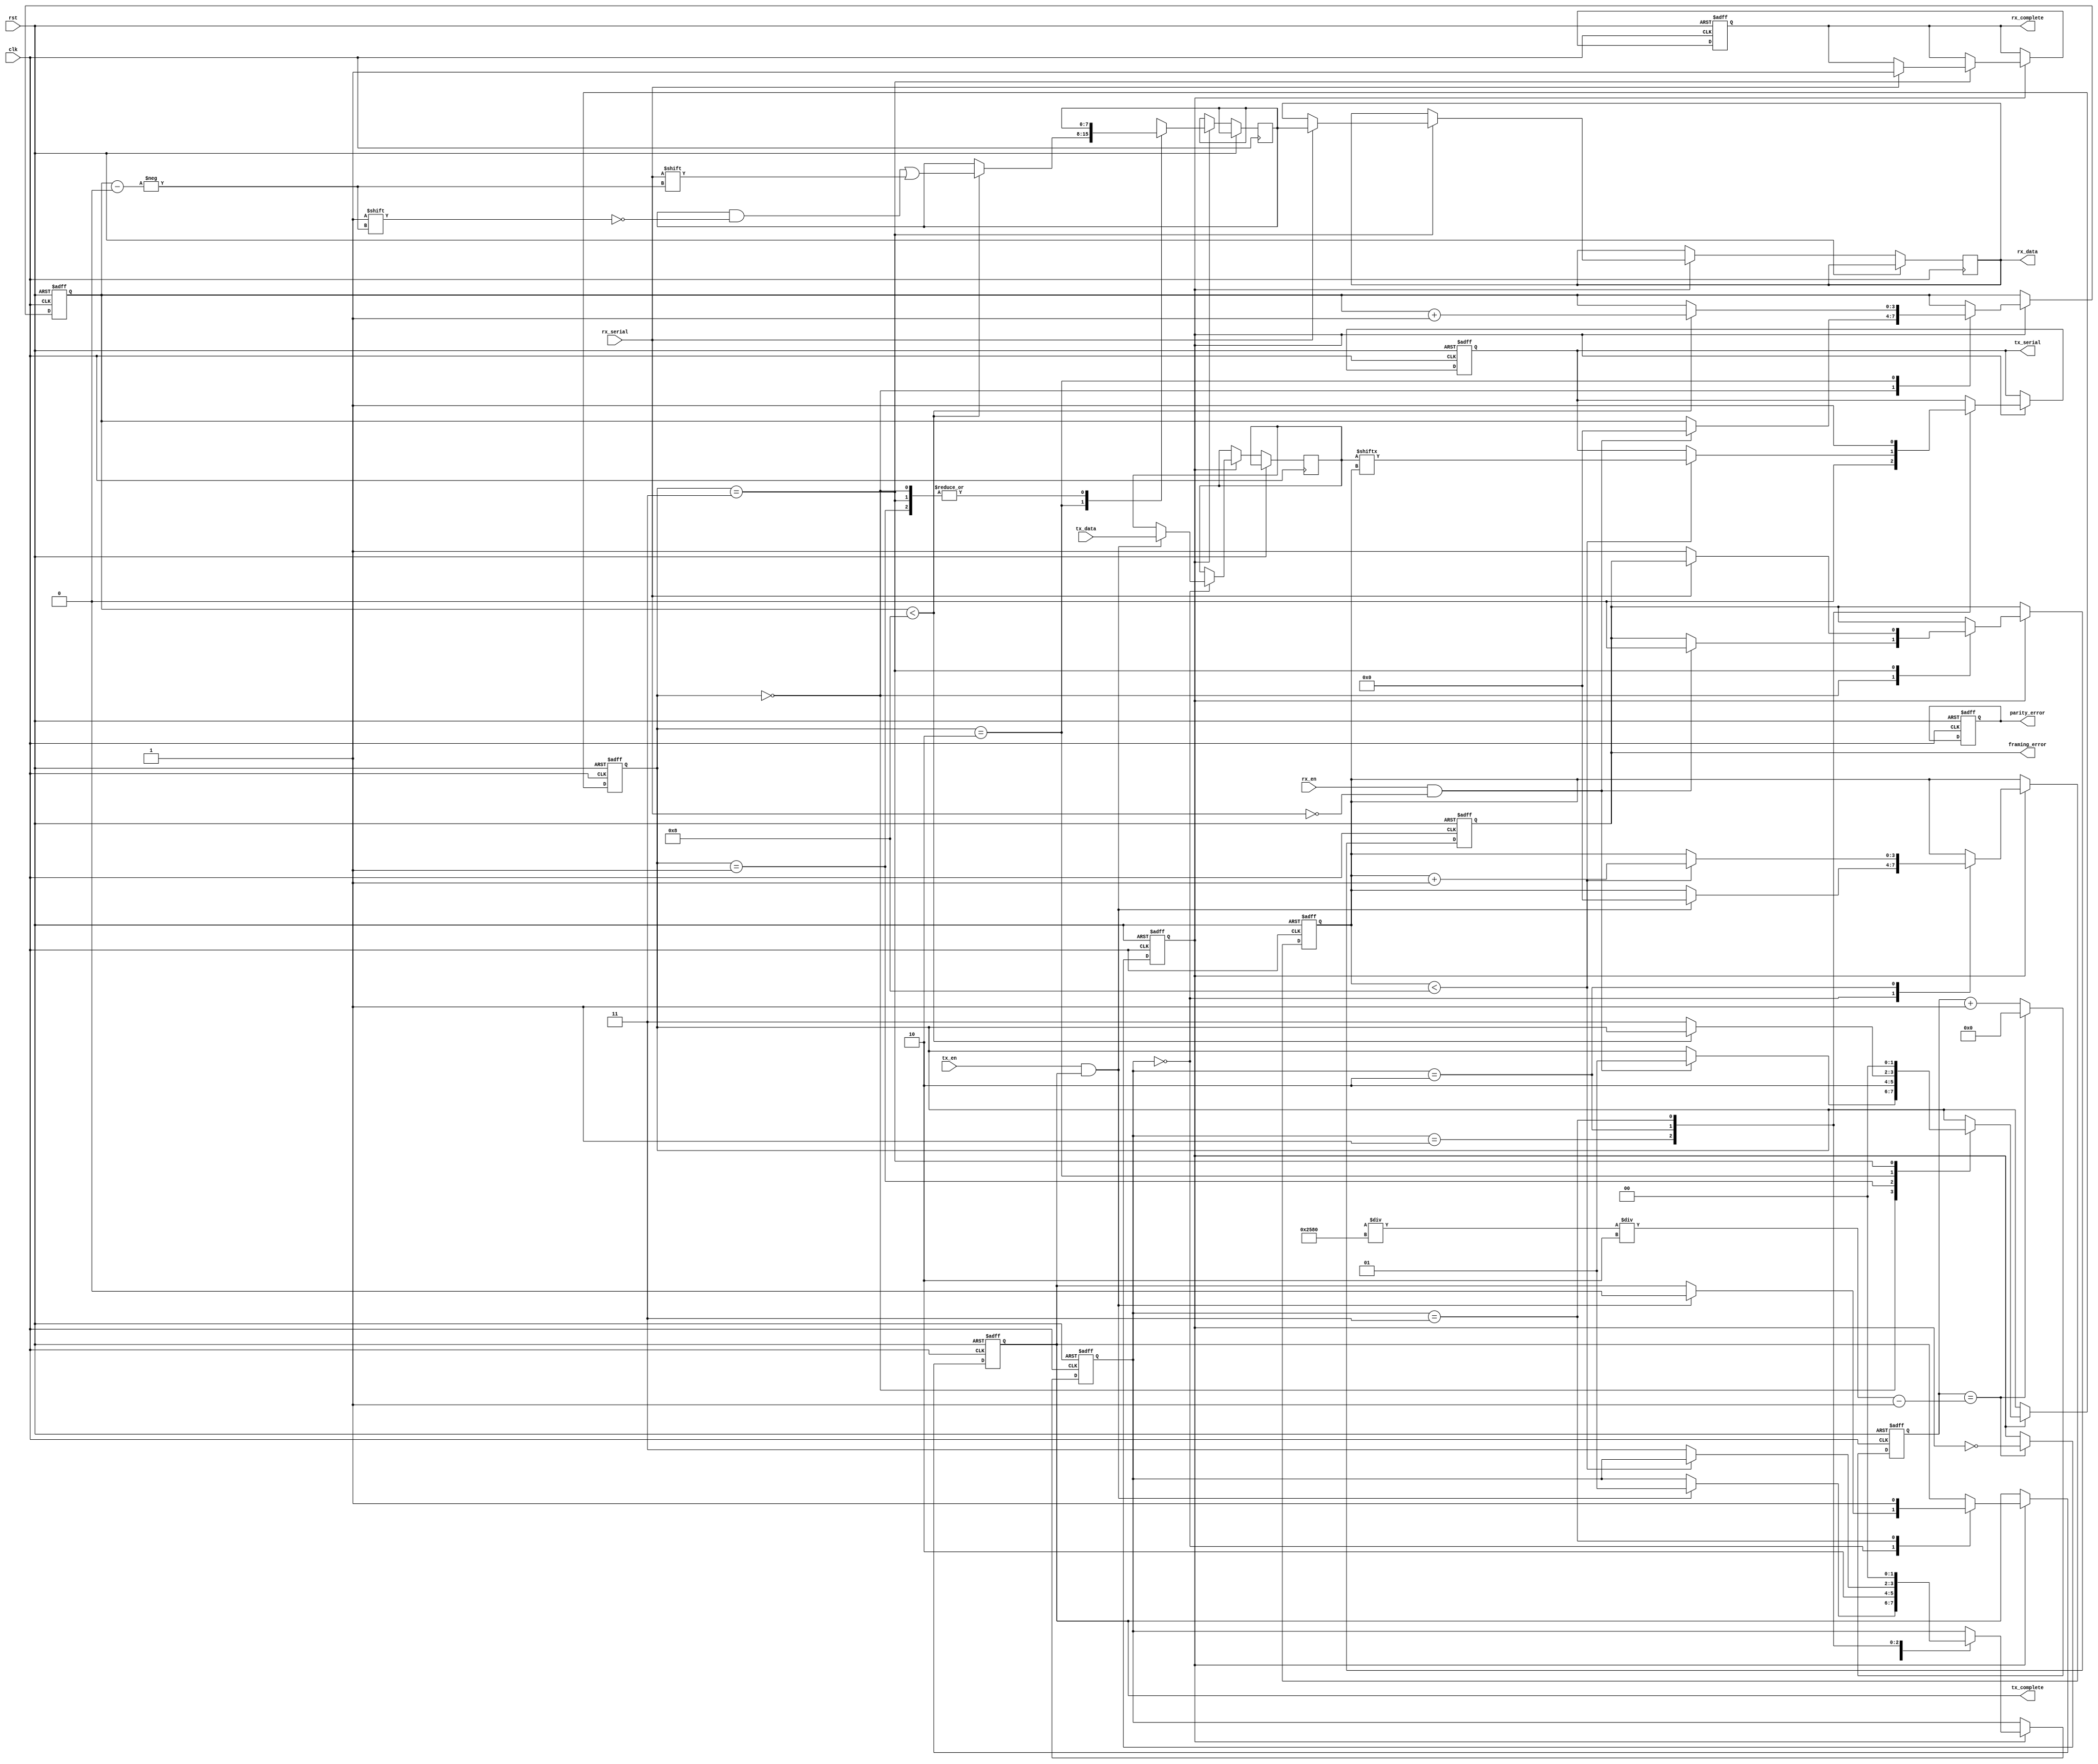
module parameterized_uart #(
    parameter BAUD_RATE = 9600,
    parameter DATA_WIDTH = 8,
    parameter STOP_BITS = 1,
    parameter PARITY = "NONE" // Options: "NONE", "EVEN", "ODD"
)(
    input wire clk,
    input wire rst,
    input wire [DATA_WIDTH-1:0] tx_data,
    input wire tx_en,
    output reg tx_serial,
    output reg tx_complete,
    input wire rx_serial,
    input wire rx_en,
    output reg [DATA_WIDTH-1:0] rx_data,
    output reg rx_complete,
    output reg framing_error,
    output reg parity_error
);

    // Internal parameters
    localparam START_BIT = 1'b0;
    localparam STOP_BIT = 1'b1;
    localparam TX_IDLE = 2'b00;
    localparam TX_START = 2'b01;
    localparam TX_DATA = 2'b10;
    localparam TX_STOP = 2'b11;

    localparam RX_IDLE = 2'b00;
    localparam RX_START = 2'b01;
    localparam RX_DATA = 2'b10;
    localparam RX_STOP = 2'b11;

    // Clock divider for baud rate generation
    reg [15:0] baud_counter;
    reg baud_tick;

    // Transmitter state machine
    reg [1:0] tx_state;
    reg [3:0] tx_bit_count;
    reg [DATA_WIDTH-1:0] tx_shift_reg;
    reg tx_parity_bit;

    // Receiver state machine
    reg [1:0] rx_state;
    reg [3:0] rx_bit_count;
    reg [DATA_WIDTH-1:0] rx_shift_reg;
    reg rx_parity_bit;

    // Baud rate clock generation
    always @(posedge clk or posedge rst) begin
        if (rst) begin
            baud_counter <= 0;
            baud_tick <= 0;
        end else begin
            if (baud_counter == (CLOCK_FREQ / BAUD_RATE) / 2 - 1) begin
                baud_counter <= 0;
                baud_tick <= ~baud_tick;
            end else begin
                baud_counter <= baud_counter + 1;
            end
        end
    end

    // Transmitter state machine
    always @(posedge clk or posedge rst) begin
        if (rst) begin
            tx_state <= TX_IDLE;
            tx_complete <= 1;
            tx_serial <= 1; // Idle state
            tx_bit_count <= 0;
        end else if (baud_tick) begin
            case (tx_state)
                TX_IDLE: begin
                    if (tx_en && tx_complete) begin
                        tx_shift_reg <= tx_data;
                        tx_parity_bit <= (PARITY == "EVEN") ? ~^tx_data : (PARITY == "ODD") ? ^tx_data : 1'b0;
                        tx_state <= TX_START;
                        tx_complete <= 0;
                        tx_bit_count <= 0;
                    end
                end
                TX_START: begin
                    tx_serial <= START_BIT;
                    tx_state <= TX_DATA;
                end
                TX_DATA: begin
                    if (tx_bit_count < DATA_WIDTH) begin
                        tx_serial <= tx_shift_reg[tx_bit_count];
                        tx_bit_count <= tx_bit_count + 1;
                    end else begin
                        tx_state <= TX_STOP;
                    end
                end
                TX_STOP: begin
                    tx_serial <= STOP_BIT;
                    tx_state <= TX_IDLE;
                    tx_complete <= 1;
                end
            endcase
        end
    end

    // Receiver state machine
    always @(posedge clk or posedge rst) begin
        if (rst) begin
            rx_state <= RX_IDLE;
            rx_complete <= 0;
            rx_bit_count <= 0;
            framing_error <= 0;
            parity_error <= 0;
        end else if (baud_tick) begin
            case (rx_state)
                RX_IDLE: begin
                    if (rx_en && (rx_serial == START_BIT)) begin
                        rx_state <= RX_START;
                        rx_bit_count <= 0;
                        framing_error <= 0;
                    end
                end
                RX_START: begin
                    rx_state <= RX_DATA;
                end
                RX_DATA: begin
                    if (rx_bit_count < DATA_WIDTH) begin
                        rx_shift_reg[rx_bit_count] <= rx_serial;
                        rx_bit_count <= rx_bit_count + 1;
                    end else begin
                        rx_state <= RX_STOP;
                    end
                end
                RX_STOP: begin
                    if (rx_serial != STOP_BIT) begin
                        framing_error <= 1; // Framing error
                    end else begin
                        // Check parity if enabled
                        if (PARITY == "EVEN") begin
                            parity_error <= ~^rx_shift_reg ^ rx_serial;
                        end else if (PARITY == "ODD") begin
                            parity_error <= ^rx_shift_reg ^ rx_serial;
                        end
                        rx_data <= rx_shift_reg;
                        rx_complete <= 1;
                    end
                    rx_state <= RX_IDLE;
                end
            endcase
        end
    end

endmodule